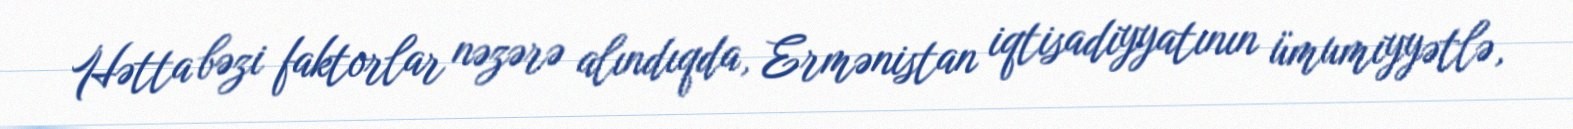
Hətta bəzi faktorlar nəzərə alındıqda, Ermənistan iqtisadiyyatının ümumiyyətlə,